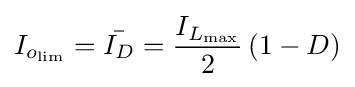
I_{o_{\text{lim}}}={\bar {I_{D}}}={\frac {I_{L_{\text{max}}}}{2}}\left(1-D\right)